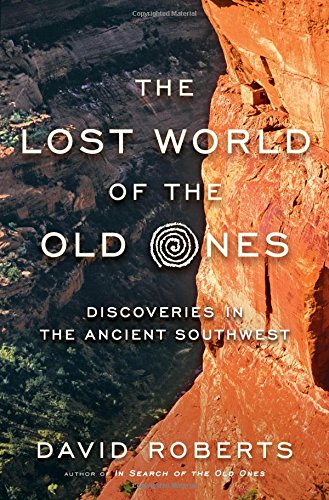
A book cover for The Lost World of the Old Ones: Discoveries in the Ancient Southwest; David Roberts; History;